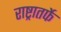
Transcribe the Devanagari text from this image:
राष्ट्रातर्फे